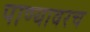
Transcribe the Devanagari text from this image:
पाण्यावरच